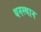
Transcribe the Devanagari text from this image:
धनस्थान